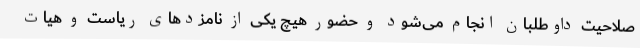
صلاحیت داوطلبان انجام می‌شود و حضور هیچ یکی از نامزدهای ریاست و هیات